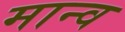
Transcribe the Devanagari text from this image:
मान्व